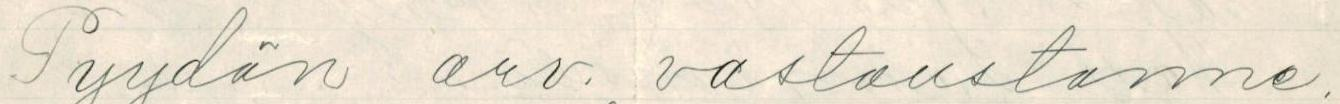
Pyydän arv. vastaustanne.